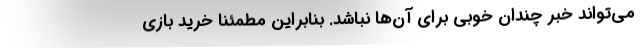
می‌تواند خبر چندان خوبی برای آن‌ها نباشد. بنابراین مطمئناً خرید بازی